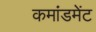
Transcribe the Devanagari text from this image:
कमांडमेंट